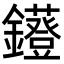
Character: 𨯷